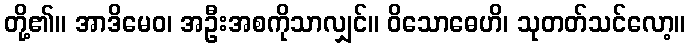
တို့၏။ အာဒိမေဝ၊ အဦးအစကိုသာလျှင်။ ဝိသောဓေဟိ၊ သုတတ်သင်လော့။